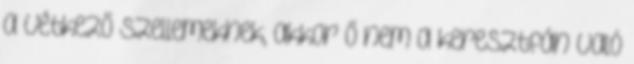
a vétkező szellemeknek, akkor Ő nem a keresztfán való